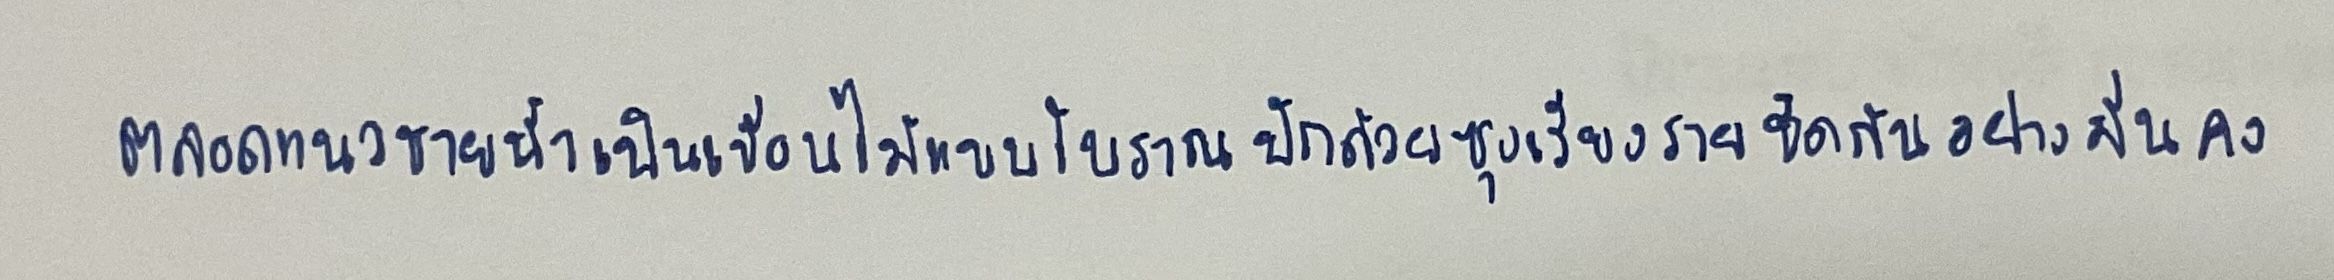
ตลอดแนวชายน้ำเป็นเขื่อนไม้แบบโบราณปักด้วยซุงเรียงรายชิดกันอย่างมั่นคง